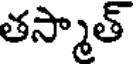
తస్మాత్